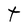
Character: t